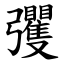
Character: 彏